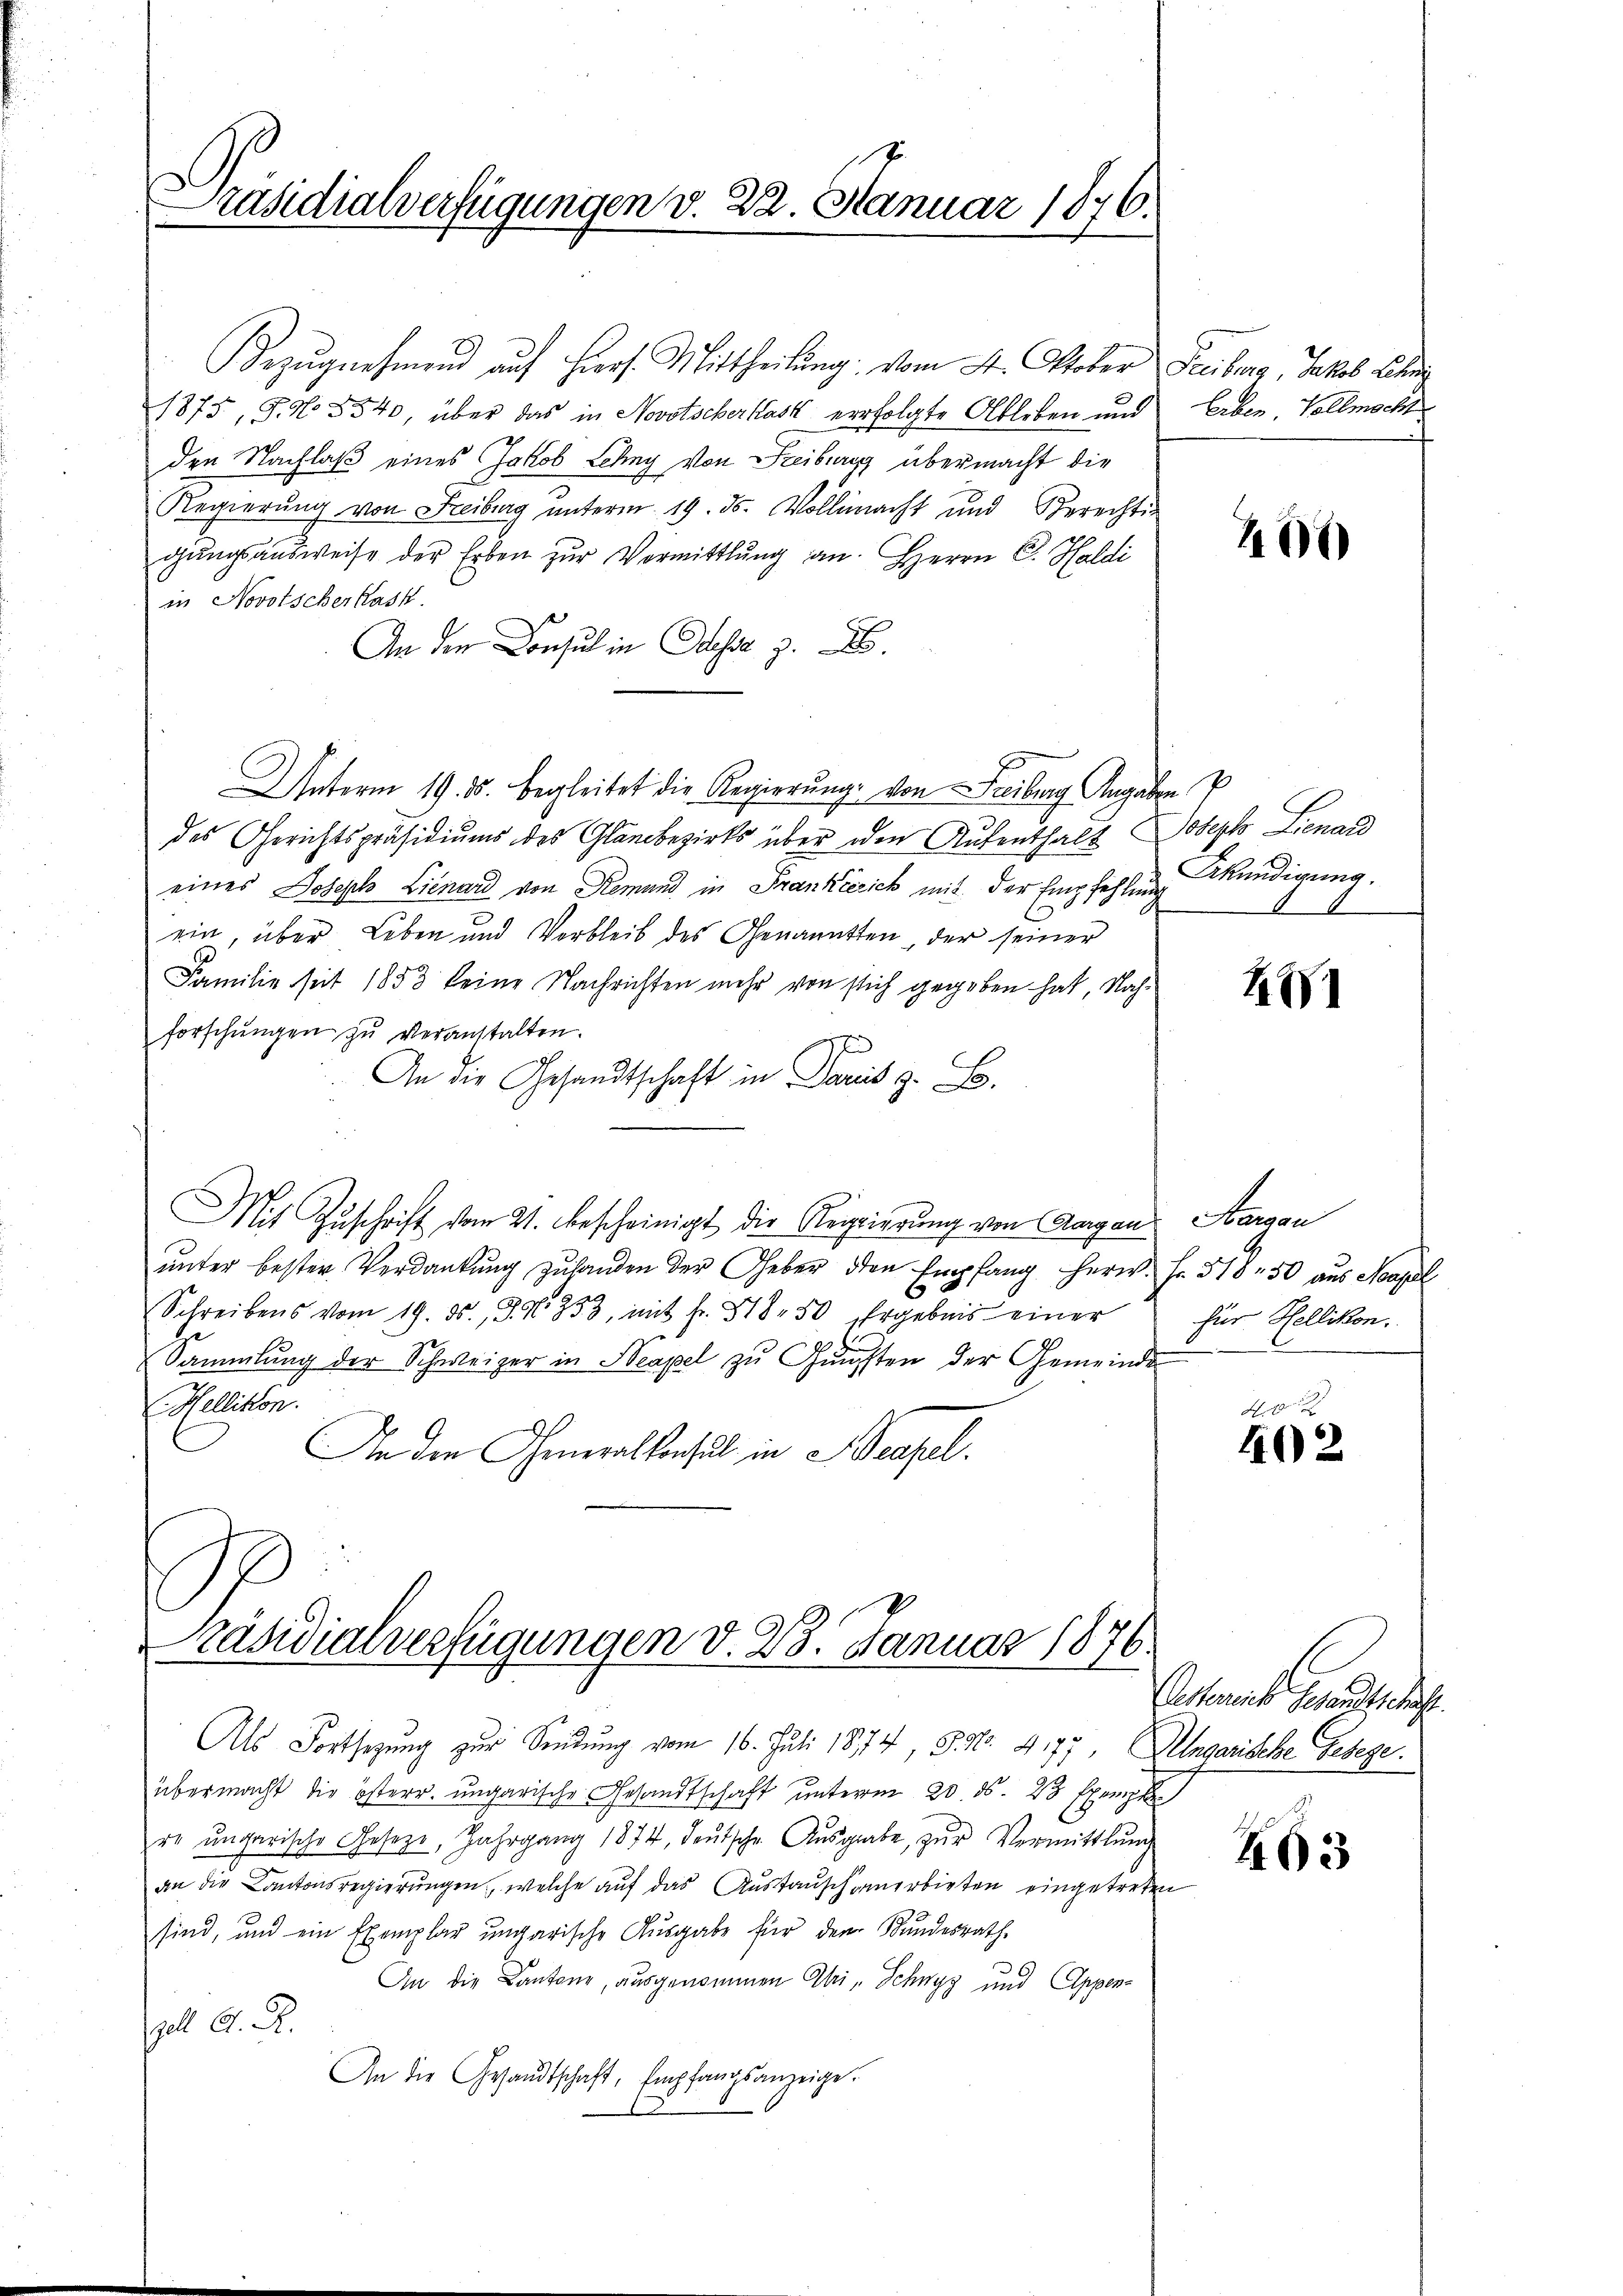
Präsidialverfügungen v. 22. Januar 1876.

Bezŭgnehmend auf hiers. Mittheilung vom 4. Oktober
1875, S. No. 3540, über das in Novotscherkásk erfolgte Ableben und
den Nachlaß eines Jakob Lehny von Freiburg übermacht die
Regierŭng von Freiburg ŭnterm 19. ds. Vollmacht und Berechti-
gŭngsausweise der Erben zŭr Vormittlung an. Herrn C. Haldi
in Novotscherhask
An den Consul in Odessa z. B.
Unterm 19. ds. begleitet die Regierŭng von Freiburg Angaben P
des Gerichtspräsidiums des Glaubezirks über den Aufenthalt
eines Joseph Lienard von Remund in Frankreich mit der Empfehlung
ein, über Leben und Verbleib des Genannten der seiner
Familie seit 1853 keine Nachrichten mehr von sich gegeben hat, Nachforschŭngen zŭ veranstalten.
An die Gesandtschaft in Paris z. B.
Mit Zuschrift vom 21. bescheinigt die Regierung von Aargau
unter bester Verdankung zu handen der Geber den Empfang herw. Fr. 318. 50 aus Neapel
C
Schreibens vom 19. ds., S. N. 253, mit fr. 818 50 Ergebnis einer
Sammlung der Schweizer in Neapel zu Gunsten der Gemeinde
Hellikon.
An den Generalkonsul in Beapel.
Präsidialverfügungen d. 28. Januar 1876.
Als Fortsetzung zur Sendung vom 16. Juli 1874, S. Nr. 4177 Alngarische Belege.
übermacht die österr. ungarische Gesandtschaft unterm 20. ds. 23 Epompte
re ungarische Gesetze, Jahrgang 1874 deŭtsche Aŭsgabe, zŭr Vermittlung
an die Kantonsregierungen, welche auf das Austausch anerbieten eingetreten
sind, und ein Exemplar ungarische Ausgabe für dem Bundesrath
An die Cantone, ausgenommen Uri, Schwyz und Appen¬
Zell A. R.
An die Gesandtschaft, Empfangsanzeige.

Freiburg, Jakob Lehr
Erben, Vollmacht

400

Joseph Lienard
Akündigung.

W

Aargau
für Hellikon.

02
402

Aesterreich Gesandtschaft.

463